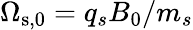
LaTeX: \Omega_{\mathrm{s},0}=q_{s}B_{0}/m_{s}